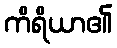
ကိရိယာ၏